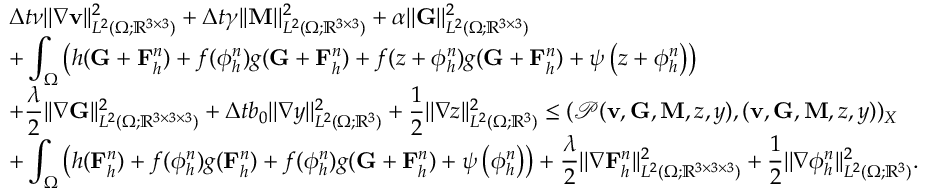
\begin{array} { r l } & { \displaystyle \Delta t \nu | | \nabla \mathbf { v } | | _ { L ^ { 2 } ( \Omega ; \mathbb { R } ^ { 3 \times 3 } ) } ^ { 2 } + \Delta t \gamma | | \mathbf { M } | | _ { L ^ { 2 } ( \Omega ; \mathbb { R } ^ { 3 \times 3 } ) } ^ { 2 } + \alpha | | \mathbf { G } | | _ { L ^ { 2 } ( \Omega ; \mathbb { R } ^ { 3 \times 3 } ) } ^ { 2 } } \\ & { \displaystyle + \int _ { \Omega } \left( h ( \mathbf { G } + \mathbf { F } _ { h } ^ { n } ) + f ( \phi _ { h } ^ { n } ) g ( \mathbf { G } + \mathbf { F } _ { h } ^ { n } ) + f ( z + \phi _ { h } ^ { n } ) g ( \mathbf { G } + \mathbf { F } _ { h } ^ { n } ) + \psi \left( z + \phi _ { h } ^ { n } \right) \right) } \\ & { \displaystyle + \frac { \lambda } { 2 } | | \nabla \mathbf { G } | | _ { L ^ { 2 } ( \Omega ; \mathbb { R } ^ { 3 \times 3 \times 3 } ) } ^ { 2 } + \Delta t b _ { 0 } | | \nabla y | | _ { L ^ { 2 } ( \Omega ; \mathbb { R } ^ { 3 } ) } ^ { 2 } + \frac { 1 } { 2 } | | \nabla z | | _ { L ^ { 2 } ( \Omega ; \mathbb { R } ^ { 3 } ) } ^ { 2 } \leq ( \mathcal { P } ( \mathbf { v } , \mathbf { G } , \mathbf { M } , z , y ) , ( \mathbf { v } , \mathbf { G } , \mathbf { M } , z , y ) ) _ { X } } \\ & { \displaystyle + \int _ { \Omega } \left( h ( \mathbf { F } _ { h } ^ { n } ) + f ( \phi _ { h } ^ { n } ) g ( \mathbf { F } _ { h } ^ { n } ) + f ( \phi _ { h } ^ { n } ) g ( \mathbf { G } + \mathbf { F } _ { h } ^ { n } ) + \psi \left( \phi _ { h } ^ { n } \right) \right) + \frac { \lambda } { 2 } | | \nabla \mathbf { F } _ { h } ^ { n } | | _ { L ^ { 2 } ( \Omega ; \mathbb { R } ^ { 3 \times 3 \times 3 } ) } ^ { 2 } + \frac { 1 } { 2 } | | \nabla \phi _ { h } ^ { n } | | _ { L ^ { 2 } ( \Omega ; \mathbb { R } ^ { 3 } ) } ^ { 2 } . } \end{array}